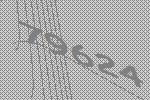
79624